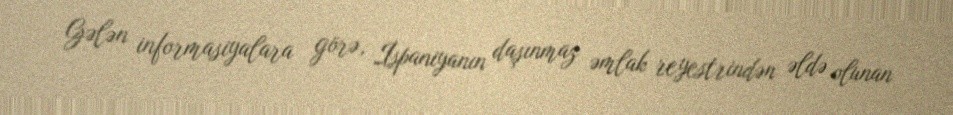
Gələn informasiyalara görə, İspaniyanın daşınmaz əmlak reyestrindən əldə olunan